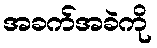
အခက်အခဲကို